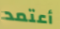
أعتمد